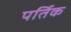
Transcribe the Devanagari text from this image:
पर्तिक